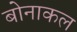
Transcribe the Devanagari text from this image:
बोनाकल